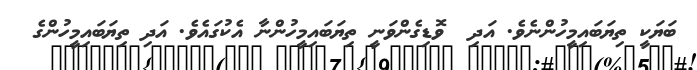
ބަޔަކީ ތިޔަބައިމީހުންނެވެ. އަދި  ވޮޑިގެންވަނީ ތިޔަބައިމީހުންނާ އެކުގައެވެ. އަދި ތިޔަބައިމީހުންގެ